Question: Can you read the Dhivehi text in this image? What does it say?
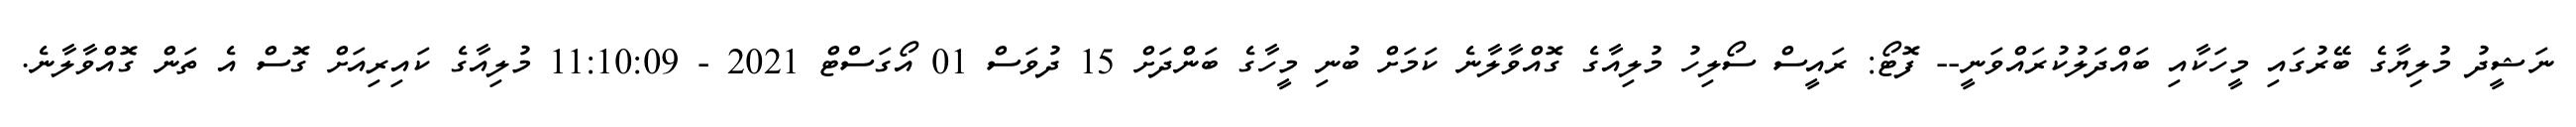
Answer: ނަޝީދު މުލިޔާގެ ބޭރުގައި މީހަކާއި ބައްދަލުކުރައްވަނީ-- ފޮޓޯ: ރައީސް ސޯލިހު މުލިއާގެ ގޮއްވާލާނެ ކަމަށް ބުނި މީހާގެ ބަންދަށް 15 ދުވަސް 01 އޯގަސްޓް 2021 - 11:10:09 މުލިއާގެ ކައިރިއަށް ގޮސް އެ ތަން ގޮއްވާލާނެ.